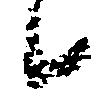
候